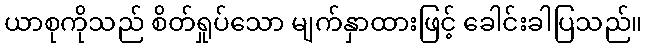
ယာစုကိုသည် စိတ်ရှုပ်သော မျက်နှာထားဖြင့် ခေါင်းခါပြသည်။